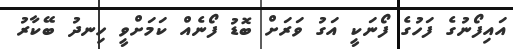
އައިފޯނުގެ ފަހުގެ ފޯނަކީ އަގު ވަރަށް ބޮޑު ފޯނެއް ކަމަށްވީ ހިނދު ބޭކާރު